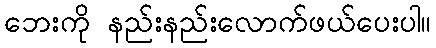
ဘေးကို နည်းနည်းလောက်ဖယ်ပေးပါ။